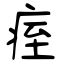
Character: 痓